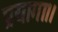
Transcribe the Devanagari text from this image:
प्रयागा।।